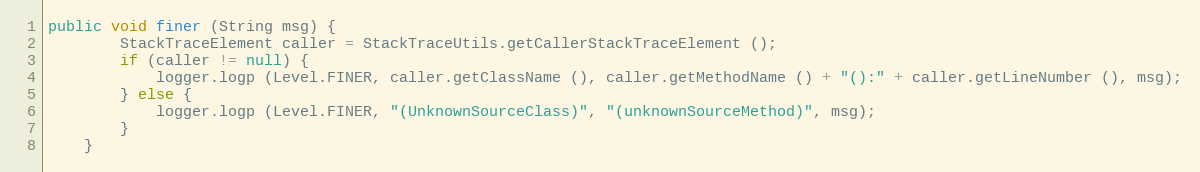
Language: Java
public void finer (String msg) {
		StackTraceElement caller = StackTraceUtils.getCallerStackTraceElement ();
		if (caller != null) {
			logger.logp (Level.FINER, caller.getClassName (), caller.getMethodName () + "():" + caller.getLineNumber (), msg);
		} else {
			logger.logp (Level.FINER, "(UnknownSourceClass)", "(unknownSourceMethod)", msg);
		}
	}